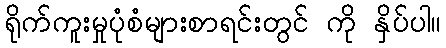
ရိုက်ကူးမှုပုံစံများစာရင်းတွင် ကို နှိပ်ပါ။